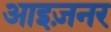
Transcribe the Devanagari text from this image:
आइज़नर